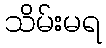
သိမ်းမရ